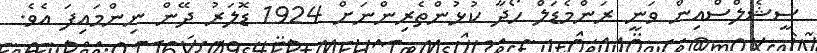
ސީޝެލްސްއިން ވަނީ ރަންމެޑަލް ހޯދާ ކުޅުންތެރިންނަށް 1924 ޑޮލަރު ދޭން ނިންމައިފަ އެވެ.